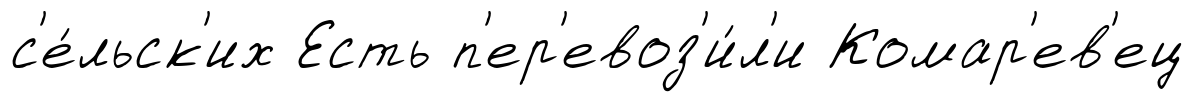
с'е́льск'их Есть п'ер'евоз'и́л'и Комар'ев'ец